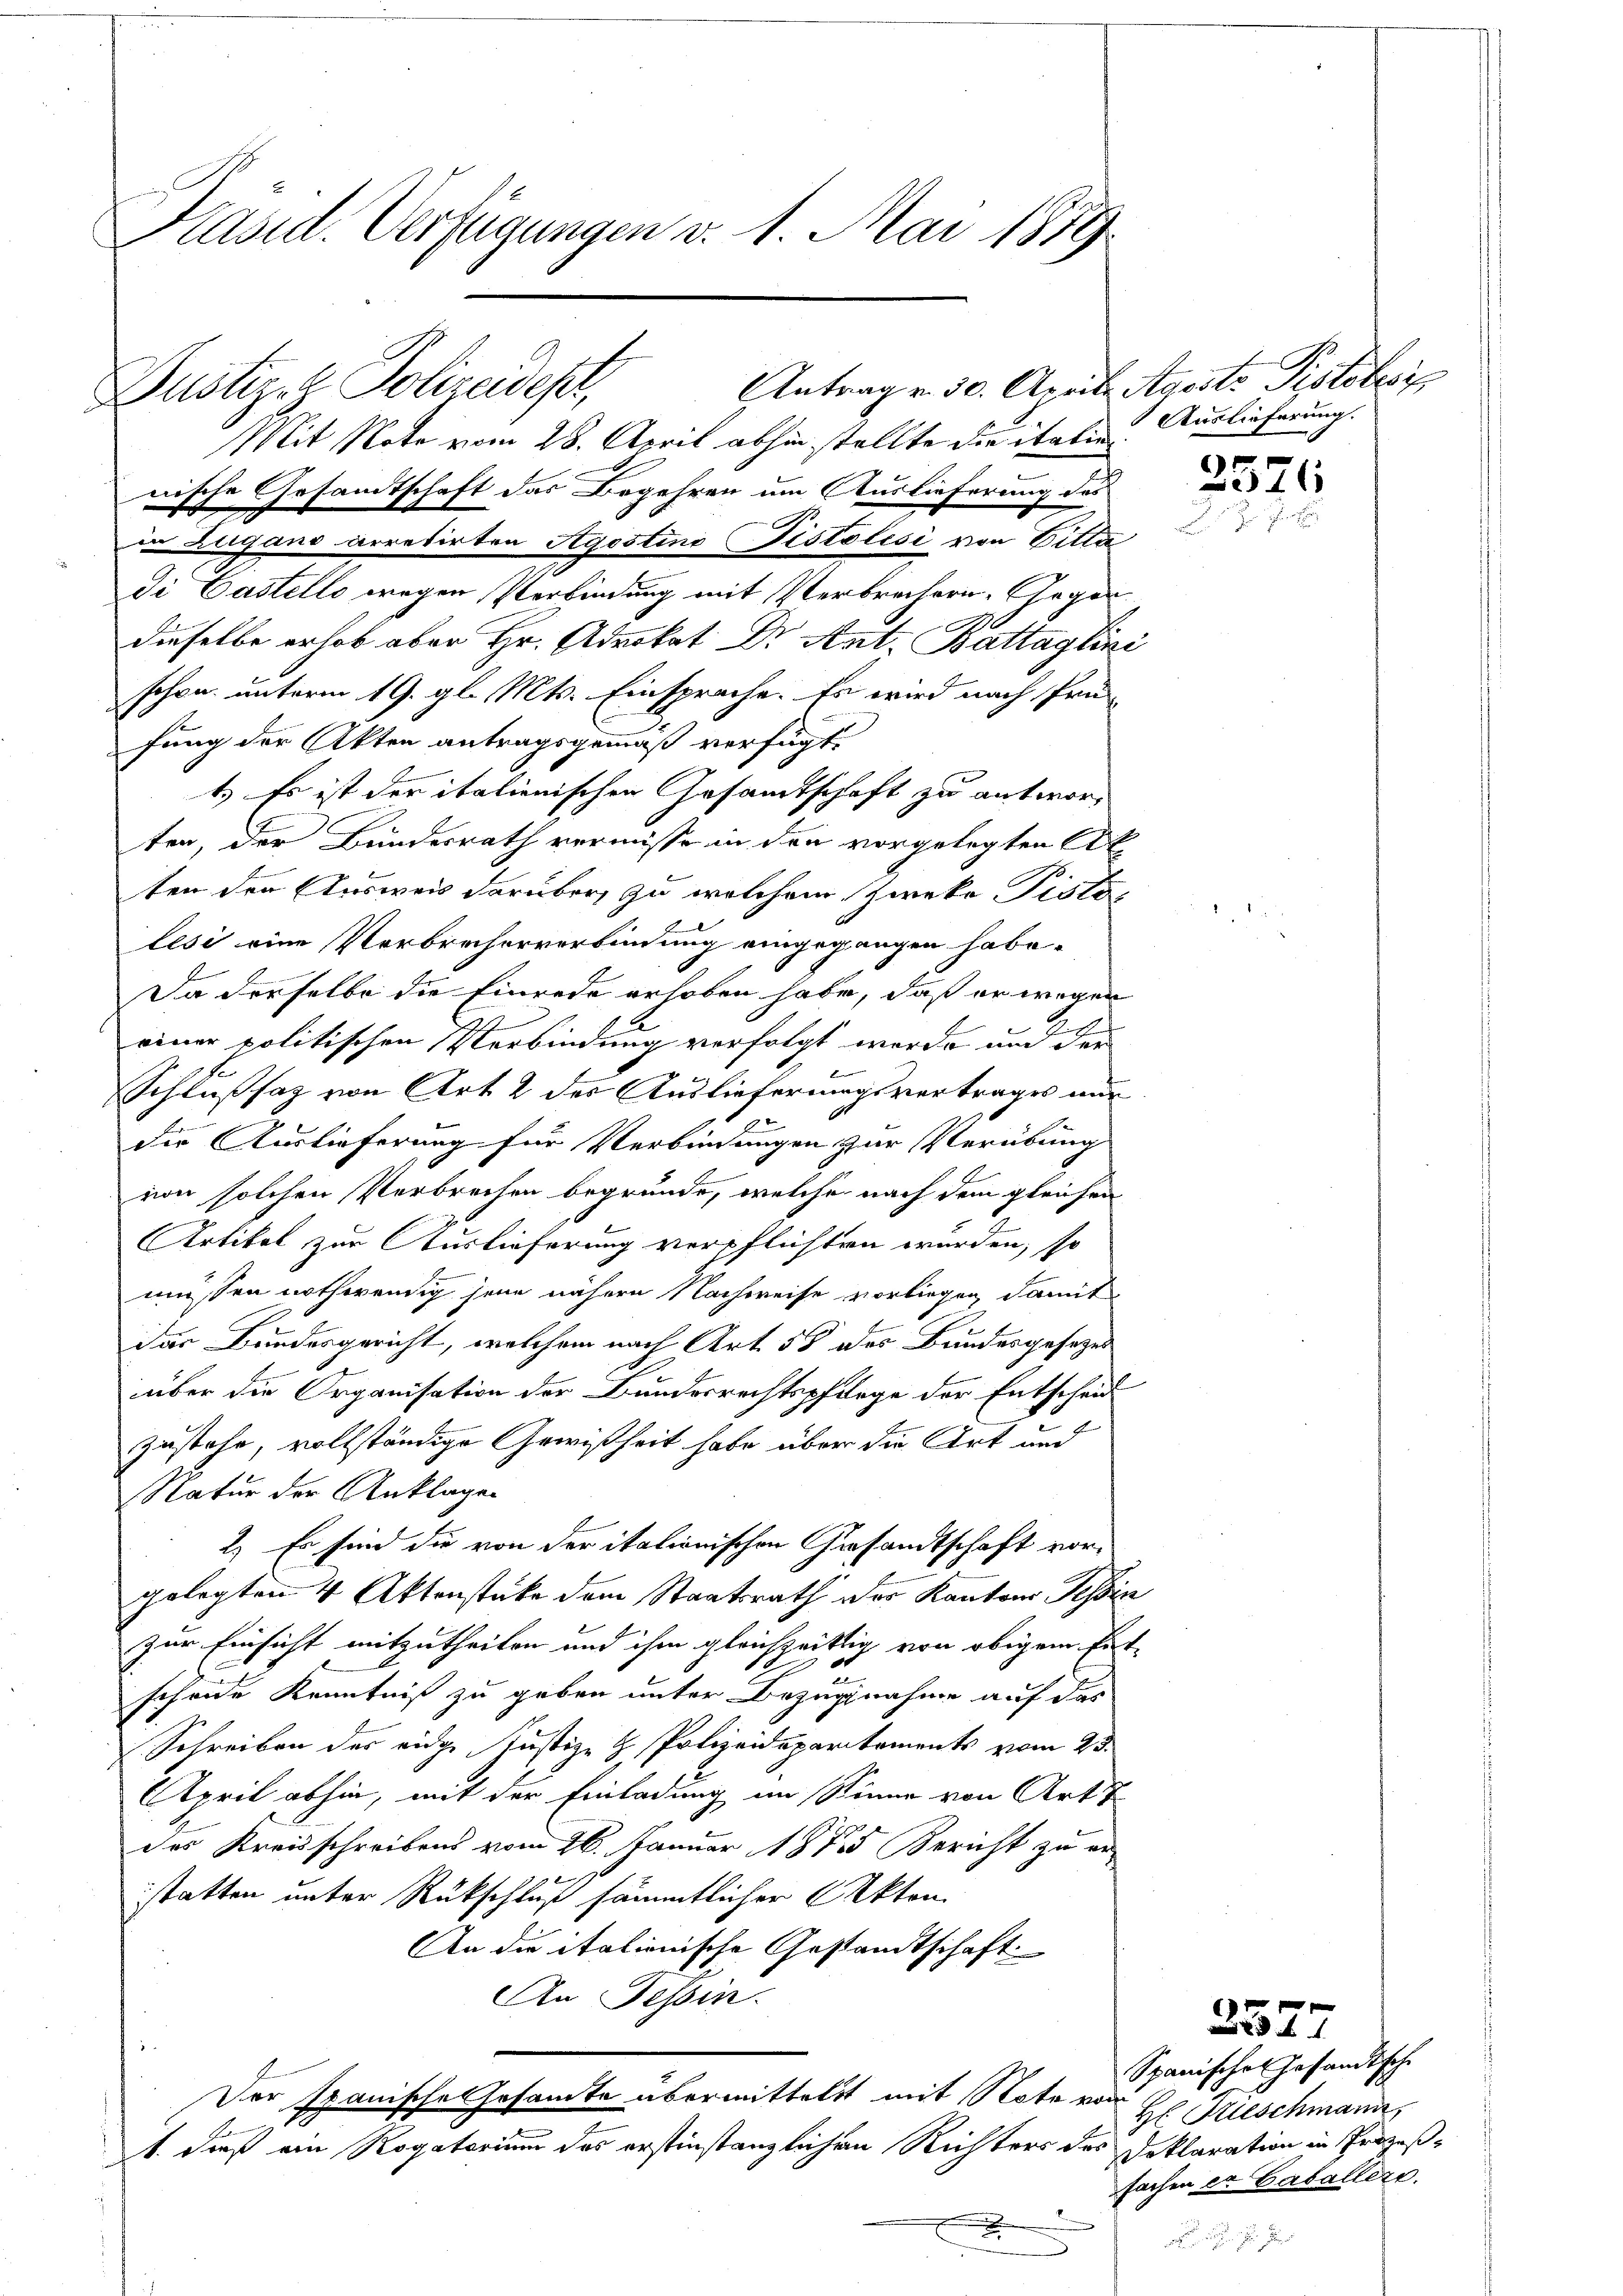
Präsid. Verfügungen v. 1. Mai 1889

Mit Note vom 28. April abhin stellte die italien
nische Gesandtschaft das Begehren um Auslieferung des

Pustiz- & Polizeidest,

in Zugano arretirten Agostino Pistolisi von Gitta
di Castello wegen Verbindung mit Verbrechern Gegen
dieselbe erhob aber Hr. Advokat Dr. Ant. Battaglini
schon unterm 19. gl. Mts. Einsprache. Es wird nach Prüfung der Akten antragsgemäß verfügt:
t. Es ist der italienischen Gesamtschaft zu antwort
ten, der Bundesrath vermisse in den vorgelegten At
ten den Ausweis darüber, zu welchem Zweke Pisto
lesi eine Verbrecherverbindung eingegangen habe.
Da derselbe die Einrede erhoben habe, daß er wegen
einer politischen Verbindung verfolgt werde und der
.
Schlußsaz von Art. 2 der Auslieferungsvertrages nur
e
die Auslieferung für Verbindungen zur Verübung
von solchen Verbrechen begründe, welche nach dem gleichen
Artikel zur Auslieferung verpflichten werden, so
müssen nothwendig jene nähern Nachweise vorliegen, damit
das Bundesgericht, welchem nach Art. 58 des Bundesgesezes
über die Organisation der Bundesrechtspflege der Entscheid
zustehe, vollständige Gewißheit habe über die Art und
NNatur der Anklagen
2.) Es sind die von der italionischen Gesandtschaft vor-
gelegten 4 Aktenstücke dem Staatsrath der Kantons Tessin
zur Einsicht mitzutheilen und ihm gleichzeitlig von obigem Ent¬
3
schende Kenntniß zu geben unter Bezugnahme auf des
Schreiben des eidge Justiz- & Polizeidepartements vom 23.
April abhin, mit der Einladung im Stimme von Art. 7
des Kreisschreibens vom 26. Januar 1875 Bericht zu erstatten unter Rückschluß sämmtlicher Akten
An die italienische Gestandtschaft
An Tessin.
Der Spanische Gesamte übermittelst mit Note von
1. dieß an Rogatorium das erstinstanzlichen Richters des

Antrag v. 30. April. Ageste Pistolisi

Auslieferung.

2576

Spanisches Gesandtsche
H Krieschmann,
Deklaration in Prozeßsachen ex Caballers.

d

2377